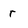
Character: r